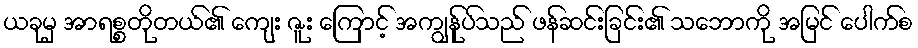
ယခုမှ အာရစ္စတိုတယ်၏ ကျေး ဇူး ကြောင့် အကျွန်ုပ်သည် ဖန်ဆင်းခြင်း၏ သဘောကို အမြင် ပေါက်စ